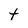
Character: t